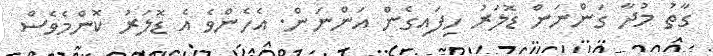
ގާތު މުދާ ގަންނަން ޑޮލަރު ހިފައިގެން އަންނަން. އެހެންވެ އެ ޑޮލަރު ކޮންމެވެސް